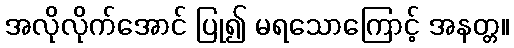
အလိုလိုက်အောင် ပြု၍ မရသောကြောင့် အနတ္တ။